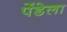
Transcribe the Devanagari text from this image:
पेंडेला